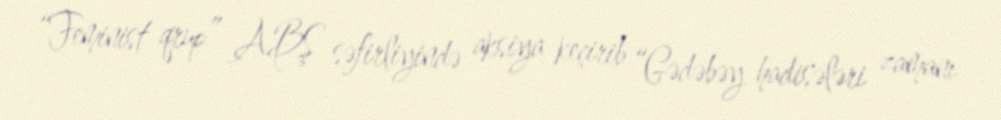
“Feminist qrup” ABŞ səfirliyində aksiya keçirib “Gədəbəy hadisələri zamanı